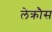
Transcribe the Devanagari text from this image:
लेक्रौस